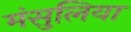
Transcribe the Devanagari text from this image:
मंसुलिया